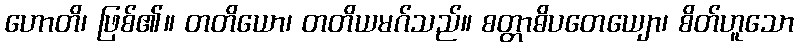
ဟောတိ၊ ဖြစ်၏။ တတိယော၊ တတိယမဂ်သည်။ စတ္တာဓိပတေယျော၊ စိတ်ဟူသော